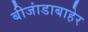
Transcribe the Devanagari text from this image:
बीजांडाबाहेर